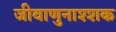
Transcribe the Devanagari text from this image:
जीवाणुनाश्शक